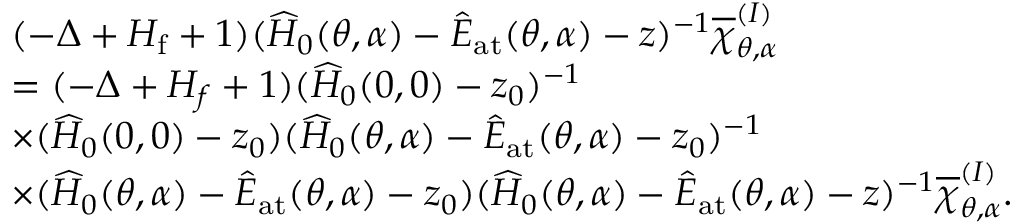
\begin{array} { r l } & { ( - \Delta + H _ { \mathrm { f } } + 1 ) ( \widehat { H } _ { 0 } ( \theta , \alpha ) - \widehat { E } _ { \mathrm { a t } } ( \theta , \alpha ) - z ) ^ { - 1 } \overline { { \chi } } _ { \theta , \alpha } ^ { ( I ) } } \\ & { = ( - \Delta + { H } _ { f } + 1 ) ( \widehat { H } _ { 0 } ( 0 , 0 ) - z _ { 0 } ) ^ { - 1 } } \\ & { \times ( \widehat { H } _ { 0 } ( 0 , 0 ) - z _ { 0 } ) ( \widehat { H } _ { 0 } ( \theta , \alpha ) - \widehat { E } _ { \mathrm { a t } } ( \theta , \alpha ) - z _ { 0 } ) ^ { - 1 } } \\ & { \times ( \widehat { H } _ { 0 } ( \theta , \alpha ) - \widehat { E } _ { \mathrm { a t } } ( \theta , \alpha ) - z _ { 0 } ) ( \widehat { H } _ { 0 } ( \theta , \alpha ) - \widehat { E } _ { \mathrm { a t } } ( \theta , \alpha ) - z ) ^ { - 1 } \overline { { \chi } } _ { \theta , \alpha } ^ { ( I ) } . } \end{array}